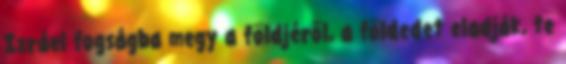
Izráel fogságba megy a földjéről, a földedet eladják, te